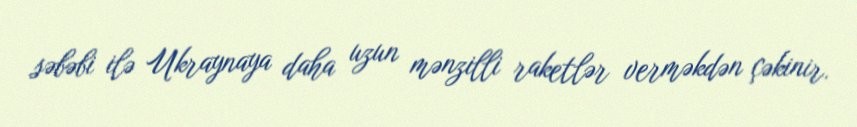
səbəbi ilə Ukraynaya daha uzun mənzilli raketlər verməkdən çəkinir.